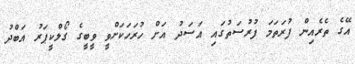
އޭގެ ތެރެއިން ފުރަތަމަ ފުރުސަތުގައި އަސަދު އަށް ހުރަހަކަށްވީ ވީބީގެ ގޯލްކީޕަރު އަބްދު